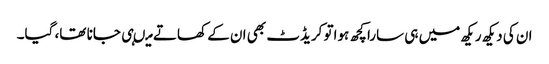
ان کی دیکھ ریکھ میں ہی سارا کچھ ہواتو کریڈٹ بھی ان کے کھاتے میںہی جانا تھا، گیا۔